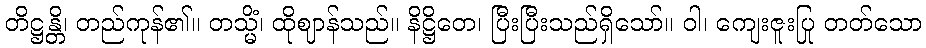
တိဋ္ဌန္တိ၊ တည်ကုန်၏။ တသ္မိံ၊ ထိုဈာန်သည်။ နိဋ္ဌိတေ၊ ပြီးပြီးသည်ရှိသော်။ ဝါ၊ ကျေးဇူးပြု တတ်သော